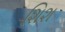
શિશ